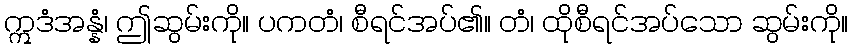
ဣဒံအန္နံ၊ ဤဆွမ်းကို။ ပကတံ၊ စီရင်အပ်၏။ တံ၊ ထိုစီရင်အပ်သော ဆွမ်းကို။